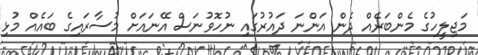
މަޖިލީހުގެ މެންބަރެއް ދެން އަންނަ ދައުރުގައި ނުހޮވުނަސް އޭނައަށް މުސާރައިގެ ބައެއް މުޅި